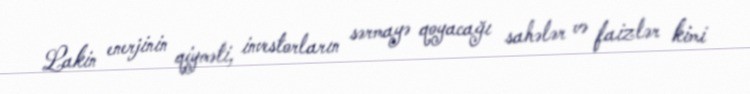
Lakin enerjinin qiyməti, investorların sərmayə qoyacağı sahələr və faizlər kimi